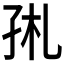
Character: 𡥑